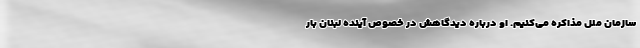
سازمان ملل مذاکره می‌کنیم. او درباره دیدگاهش در خصوص آینده لبنان بار